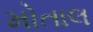
મોતાલ